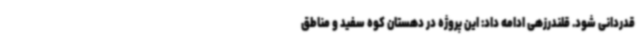
قدردانی شود. قلندرزهی ادامه داد: این پروژه در دهستان کوه سفید و مناطق